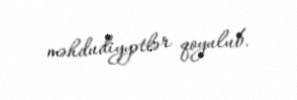
məhdudiyyətlər qoyulub.